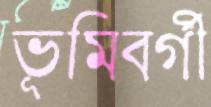
ভূমিবর্গী